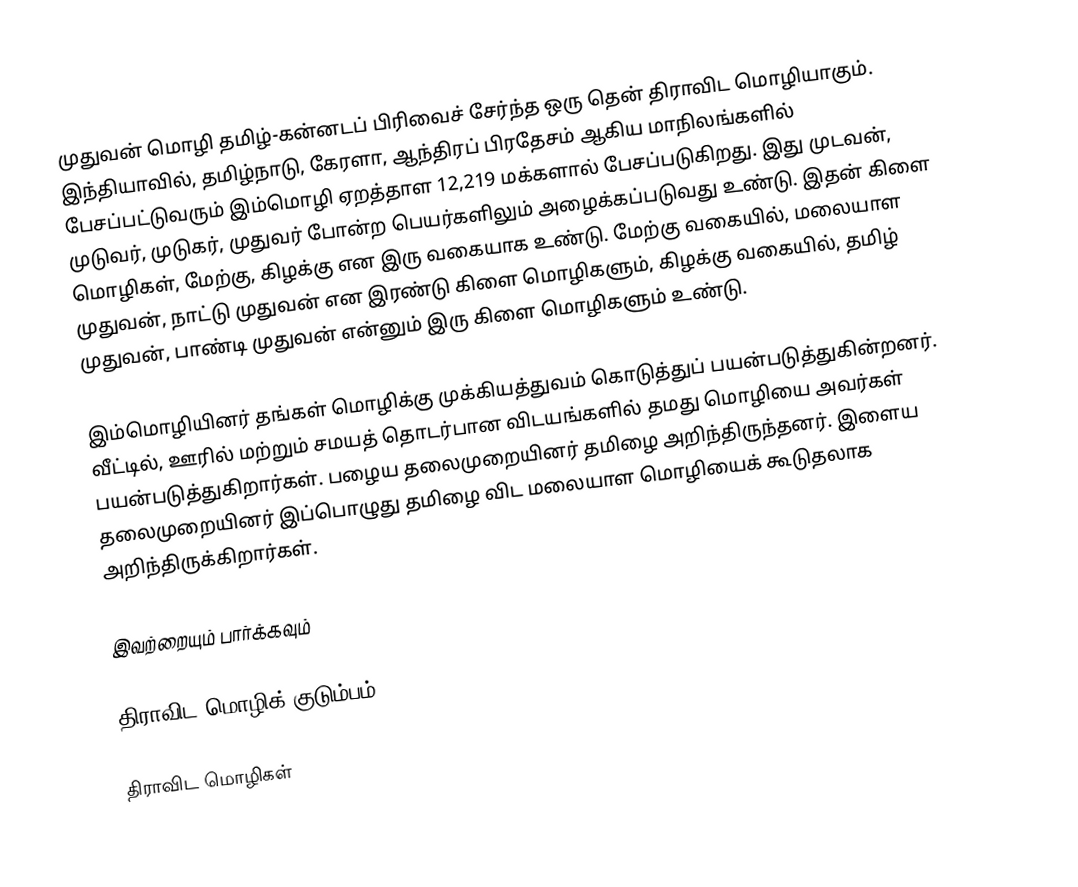
முதுவன் மொழி தமிழ்-கன்னடப் பிரிவைச் சேர்ந்த ஒரு தென் திராவிட மொழியாகும். இந்தியாவில், தமிழ்நாடு, கேரளா, ஆந்திரப் பிரதேசம் ஆகிய மாநிலங்களில் பேசப்பட்டுவரும் இம்மொழி ஏறத்தாள 12,219 மக்களால் பேசப்படுகிறது.  இது முடவன், முடுவர், முடுகர், முதுவர் போன்ற பெயர்களிலும் அழைக்கப்படுவது உண்டு.  இதன் கிளை மொழிகள், மேற்கு, கிழக்கு என இரு வகையாக உண்டு. மேற்கு வகையில், மலையாள முதுவன், நாட்டு முதுவன் என இரண்டு கிளை மொழிகளும், கிழக்கு வகையில், தமிழ் முதுவன், பாண்டி முதுவன் என்னும் இரு கிளை மொழிகளும் உண்டு.

இம்மொழியினர் தங்கள் மொழிக்கு முக்கியத்துவம் கொடுத்துப் பயன்படுத்துகின்றனர். வீட்டில், ஊரில் மற்றும் சமயத் தொடர்பான விடயங்களில் தமது மொழியை அவர்கள் பயன்படுத்துகிறார்கள். பழைய தலைமுறையினர் தமிழை அறிந்திருந்தனர். இளைய தலைமுறையினர் இப்பொழுது தமிழை விட மலையாள மொழியைக் கூடுதலாக அறிந்திருக்கிறார்கள்.

இவற்றையும் பார்க்கவும்

 திராவிட மொழிக் குடும்பம்

திராவிட மொழிகள்